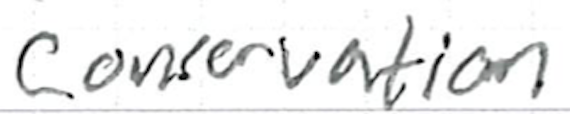
Text: Conservation
Cross-out: clean
Writing tool: ballpoint